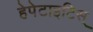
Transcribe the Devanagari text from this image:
हेपेटाइटिस्